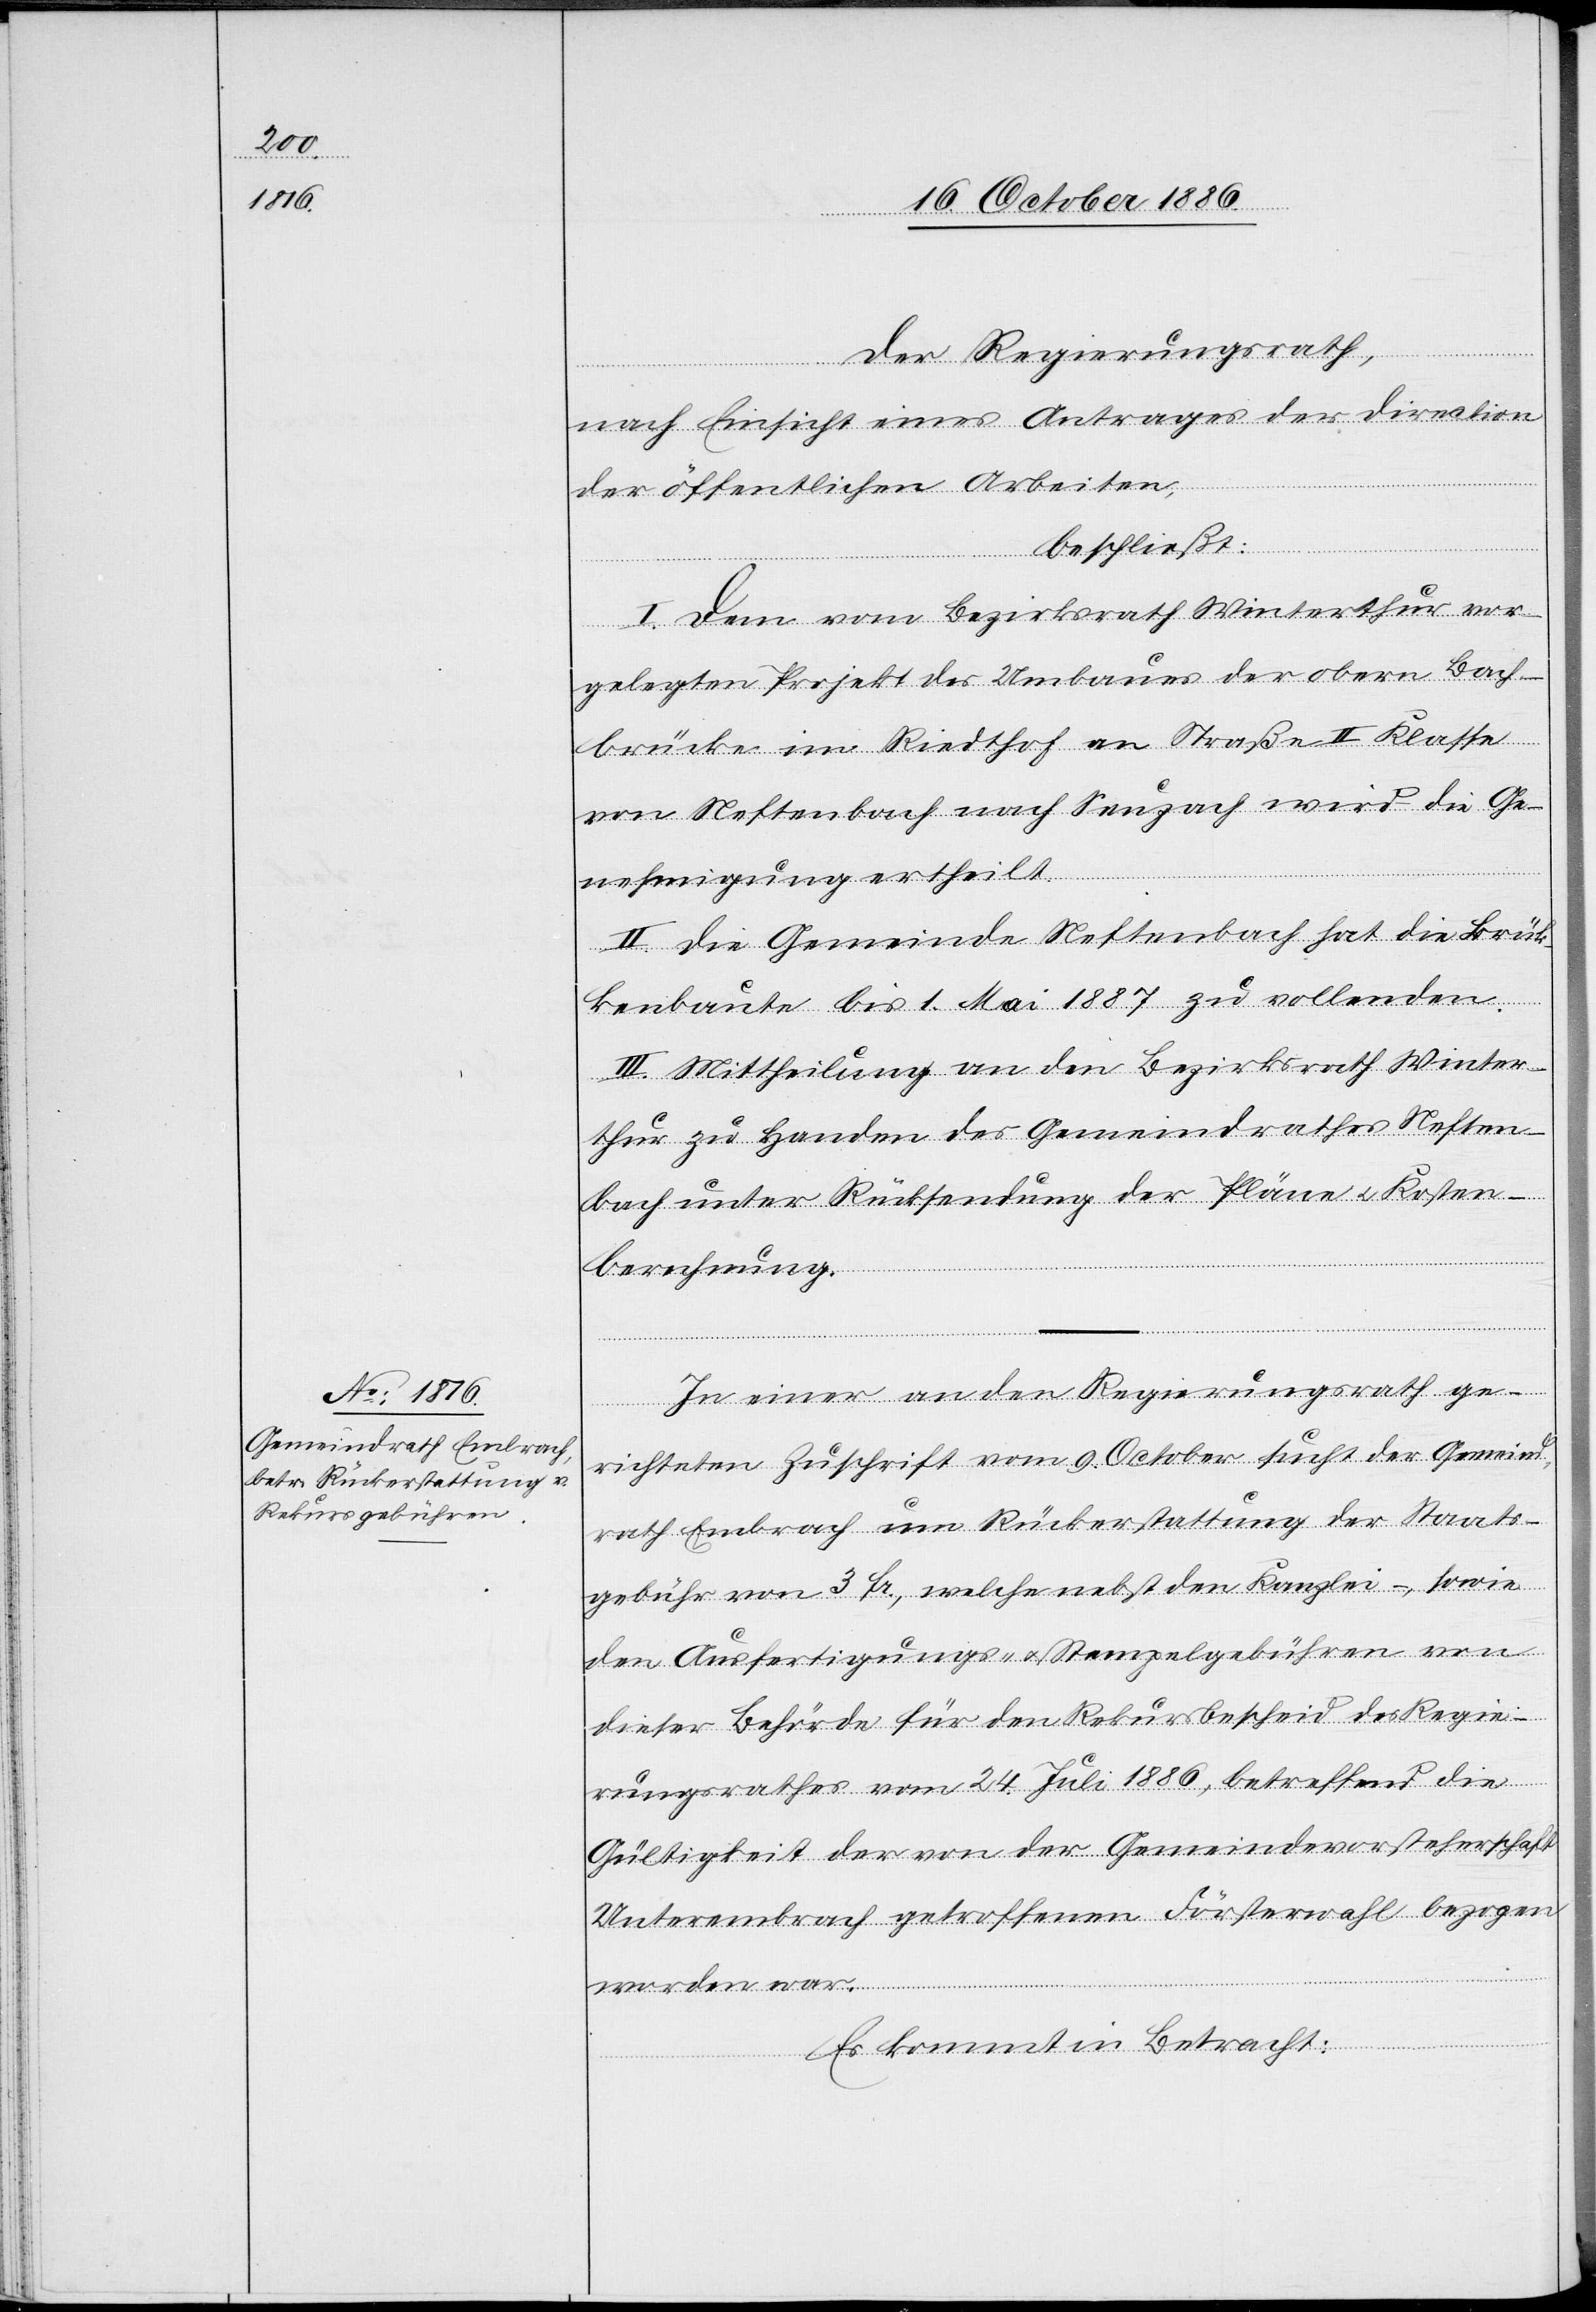
Der Regierungsrath,
nach Einsicht eines Antrages der Direction
der öffentlichen Arbeiten,
beschließt:
I. Dem vom Bezirksrath Winterthur vor¬
gelegten Projekt des Umbaues der obern Bach¬
brücke im Riedthof an [der] Straße II. Klasse
von Neftenbach nach Seuzach wird die Ge¬
nehmigung ertheilt.
II. Die Gemeinde Neftenbach hat die Brüc¬
kenbaute bis 1. Mai 1887 zu vollenden.
III. Mittheilung an den Bezirksrath Winter¬
thur zu Handen des Gemeindrathes Neften¬
bach unter Rücksendung der Pläne & Kosten¬
berechnung.
In einer an den Regierungsrath ge¬
richteten Zuschrift vom 9. October sucht der Gemeind¬
rath Embrach um Rückerstattung der Staats¬
gebühr von 3 Fr., welche nebst den Kanzlei-, sowie
den Ausfertigungs- & Stempelgebühren von
dieser Behörde für den Rekursbescheid des Regie¬
rungsrathes vom 24. Juli 1886, betreffend die
Gültigkeit der von der Gemeindevorsteherschaft
Unterembrach getroffenen Försterwahl bezogen
worden war.
Es kommt in Betracht: